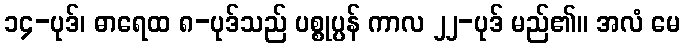
၁၄-ပုဒ်၊ ဓာရေထ ၈-ပုဒ်သည် ပစ္စုပ္ပန် ကာလ ၂၂-ပုဒ် မည်၏။ အလံ မေ